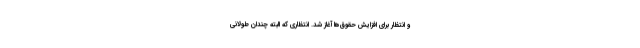
و انتظار برای افزایش حقوق‌ها آغاز شد. انتظاری که البته چندان طولانی